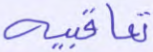
تعاقبية